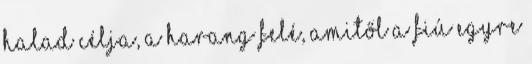
halad célja, a harang felé, amitől a fiú egyre